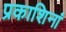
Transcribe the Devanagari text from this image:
प्रकाशिनां